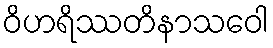
ဝိဟရိဿတိနာသဝေါ